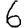
Digit: 6